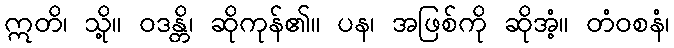
ဣတိ၊ သို့။ ဝဒန္တိ၊ ဆိုကုန်၏။ ပန၊ အဖြစ်ကို ဆိုအံ့။ တံဝစနံ၊